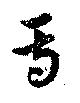
焉